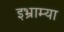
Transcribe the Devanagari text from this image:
इभ्राम्या